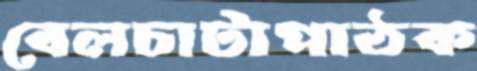
বেলচাটাপাঠক